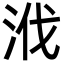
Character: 浌